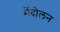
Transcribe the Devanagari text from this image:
मेंदोलन